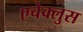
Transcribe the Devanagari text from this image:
एचेक्लुस